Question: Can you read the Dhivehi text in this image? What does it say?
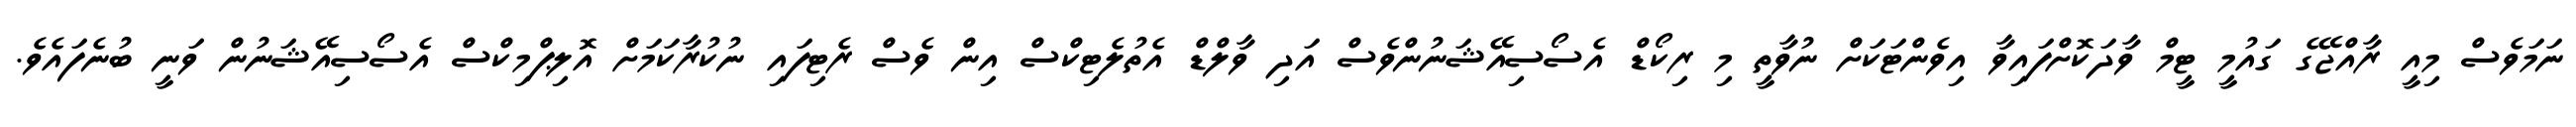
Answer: ނަމަވެސް މިއީ ރާއްޖޭގެ ގައުމީ ޓީމް ވާދަކޮށްފައިވާ އިވެންޓަކަށް ނުވާތީ މި ރިކޯޑް އެސޯސިއޭޝަނުންވެސް އަދި ވާލްޑް އެތުލެޓިކްސް އިން ވެސް ރެޓިފައި ނުކުރާކަމަށް އޮލިޕްމިކްސް އެސޯސިއޭޝަނުން ވަނީ ބުނެފައެވެ.